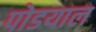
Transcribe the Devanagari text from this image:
पोडयाल